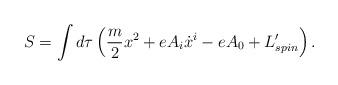
LaTeX: \begin{align*}S = \int d\tau \left (\frac{m}{2}x^2 + e A_i \dot x^i - eA_0 + L'_{spin} \right ).\end{align*}